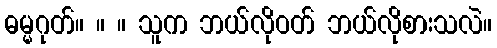
ဓမ္မဂုတ်။ ။ ။ သူက ဘယ်လိုဝတ် ဘယ်လိုစားသလဲ။